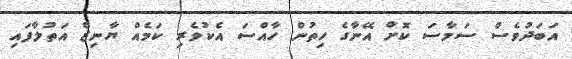
އަބަދުވެސް ސަމާސަ ކޮށް އޭނާގެ ހިތުން ހާއްސަ އެކުވެރި ކަމެއް ޔާނިޒް އަތުލާފައި